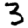
Digit: 3